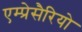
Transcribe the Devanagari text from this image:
एम्प्रेसैरियो